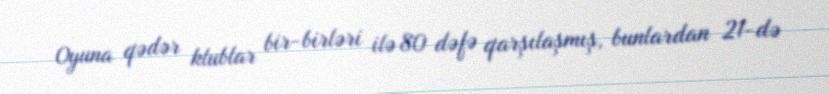
Oyuna qədər klublar bir-birləri ilə 80 dəfə qarşılaşmış, bunlardan 21-də